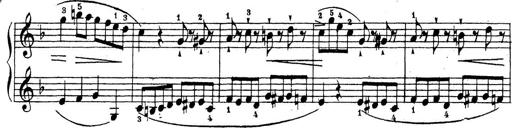
Title: 10 Sonatinas
Composer: Fritz Spindler